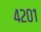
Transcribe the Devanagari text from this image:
४२०१